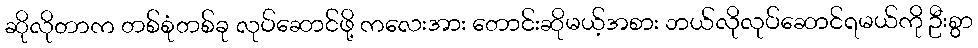
ဆိုလိုတာက တစ်စုံတစ်ခု လုပ်ဆောင်ဖို့ ကလေးအား တောင်းဆိုမယ့်အစား ဘယ်လိုလုပ်ဆောင်ရမယ်ကို ဦးစွာ